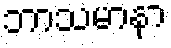
ဘာသမာနာ